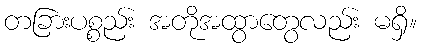
တခြားပစ္စည်း အတိုအထွာတွေလည်း မရှိ။